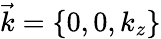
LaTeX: \vec{k}=\left\{ 0,0,k_{z}\right\}